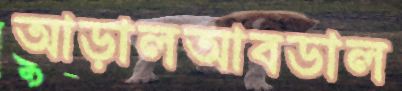
আড়ালআবডাল